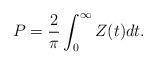
LaTeX: \begin{align*}P= \frac{2}{\pi} \int_0^{\infty} Z(t) dt. \end{align*}